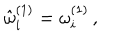
LaTeX: { \hat { \omega } } _ { i } ^ { ( 1 ) } = \omega _ { i } ^ { ( 1 ) } \, , \, \, \, \, \,